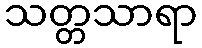
သတ္တသာရာ